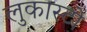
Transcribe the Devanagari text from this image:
लुकास्टो